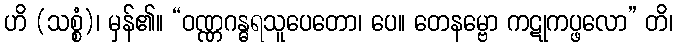
ဟိ (သစ္စံ)၊ မှန်၏။ “ဝဏ္ဏဂန္ဓရသူပေတော၊ ပေ။ တေနမ္ဗော ကဋုကပ္ဖလော” တိ၊